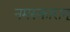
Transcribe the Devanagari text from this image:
नमस्कारान्